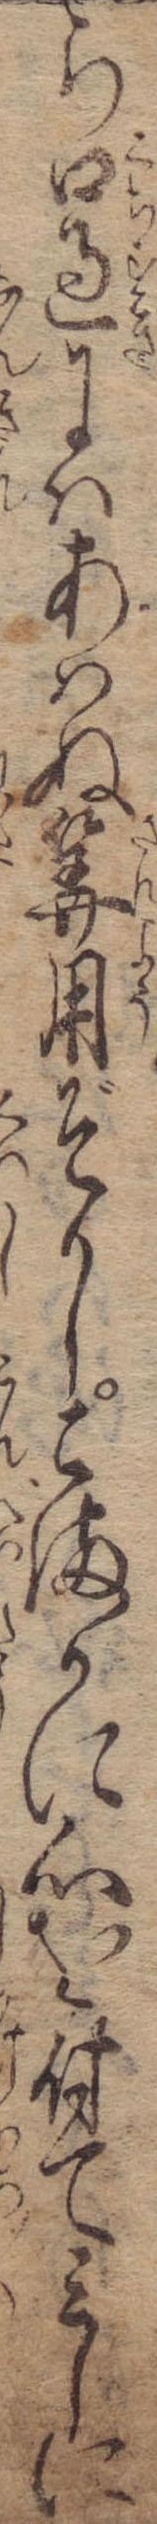
ら口過にはあはぬ算用ぞかしこまかに心を付てみしに